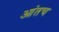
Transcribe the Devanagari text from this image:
आंतच